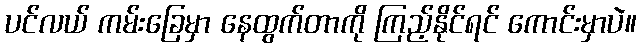
ပင်လယ် ကမ်းခြေမှာ နေထွက်တာကို ကြည့်နိုင်ရင် ကောင်းမှာပဲ။